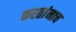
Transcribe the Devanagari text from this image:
करतांनाच